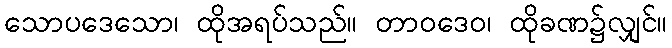
သောပဒေသော၊ ထိုအရပ်သည်။ တာဝဒေဝ၊ ထိုခဏ၌လျှင်။